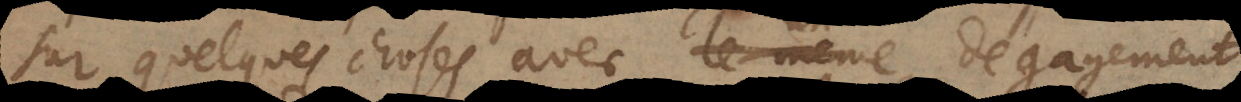
sur quelques choses avec un dégagement